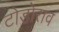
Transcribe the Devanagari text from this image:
टोडोराव